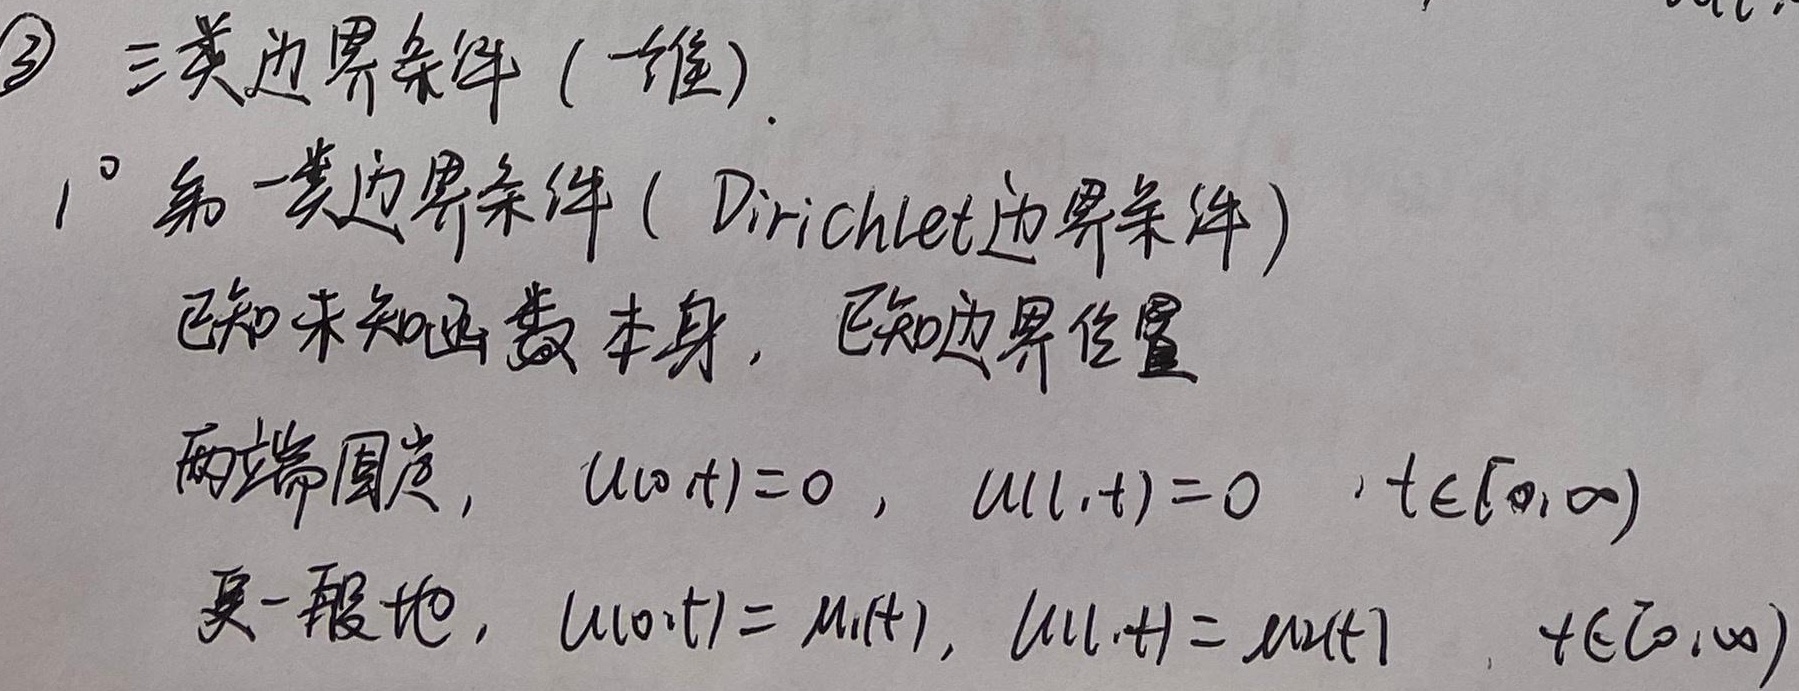
\textcircled{3} 三类边界条件 (一维).
$1^{\circ}$ 第一类边界条件 (Dirichlet边界条件)
已知未知函数本身，已知边界位置两端固定，
\(u(0,t)=0\)，\(u(l,t)=0\)，\(t\in[0,\infty)\)
更一般地，
\(u(0,t)=\mu_1(t)\)，\(u(l,t)=\mu_2(t)\)，\(t\in[0,\infty)\)